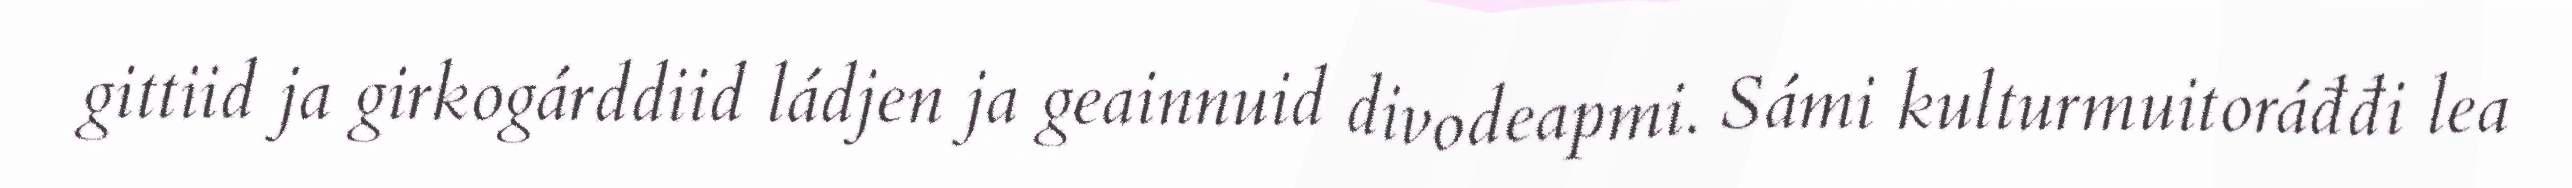
gittiid ja girkogárddiid ládjen ja geainnuid divodeapmi. Sámi kulturmuitoráđđi lea